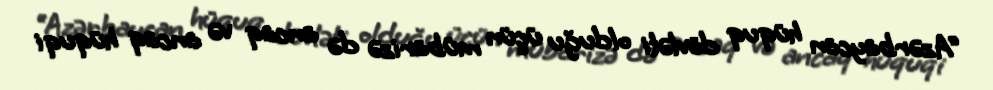
“Azərbaycan hüquq dövləti olduğu üçün mübarizə də ancaq və ancaq hüquqi